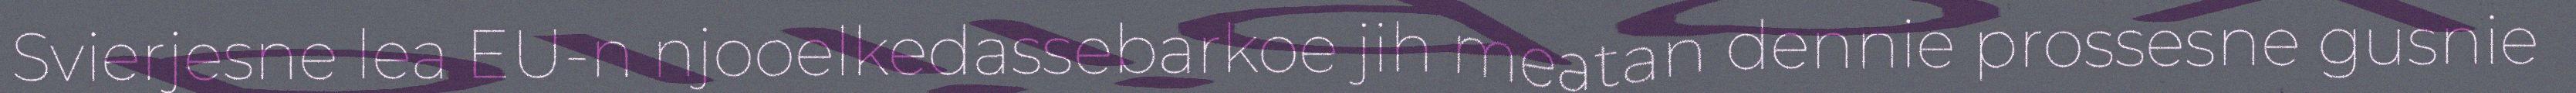
Svierjesne lea EU-n njooelkedassebarkoe jih meatan dennie prossesne gusnie